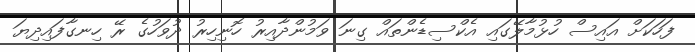
ފަހަކަށް އައިސް ހުޅުމާލޭގައި އެކްސިޑެންތައް ގިނަ ވަމުންދާއިރު ހޮނިހިރު ދުވަހުގެ ރޭ ހިނގާފައިދިޔަ